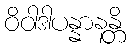
ဝိဝါဒါပန္နာနန္တိ